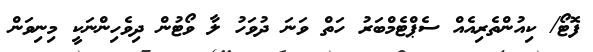
ފޮޓޯ/ ކިއުންތެރިއެއް ސެޕްޓެމްބަރު ހަތް ވަނަ ދުވަހު ލާ ވޯޓުން ދިވެހިންނަކީ މިނިވަން